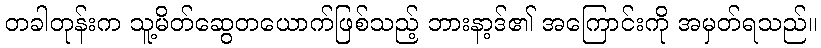
တခါတုန်းက သူ့မိတ်ဆွေတယောက်ဖြစ်သည့် ဘားနာ့ဒ်၏ အကြောင်းကို အမှတ်ရသည်။